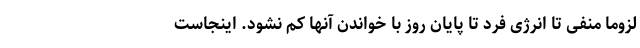
لزوما منفی تا انرژی فرد تا پایان روز با خواندن آنها کم نشود. اینجاست